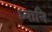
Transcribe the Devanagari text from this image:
ध्यानि